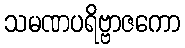
သမဏပရိဗ္ဗာဇကော